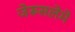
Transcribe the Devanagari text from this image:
जेरूसलेमे